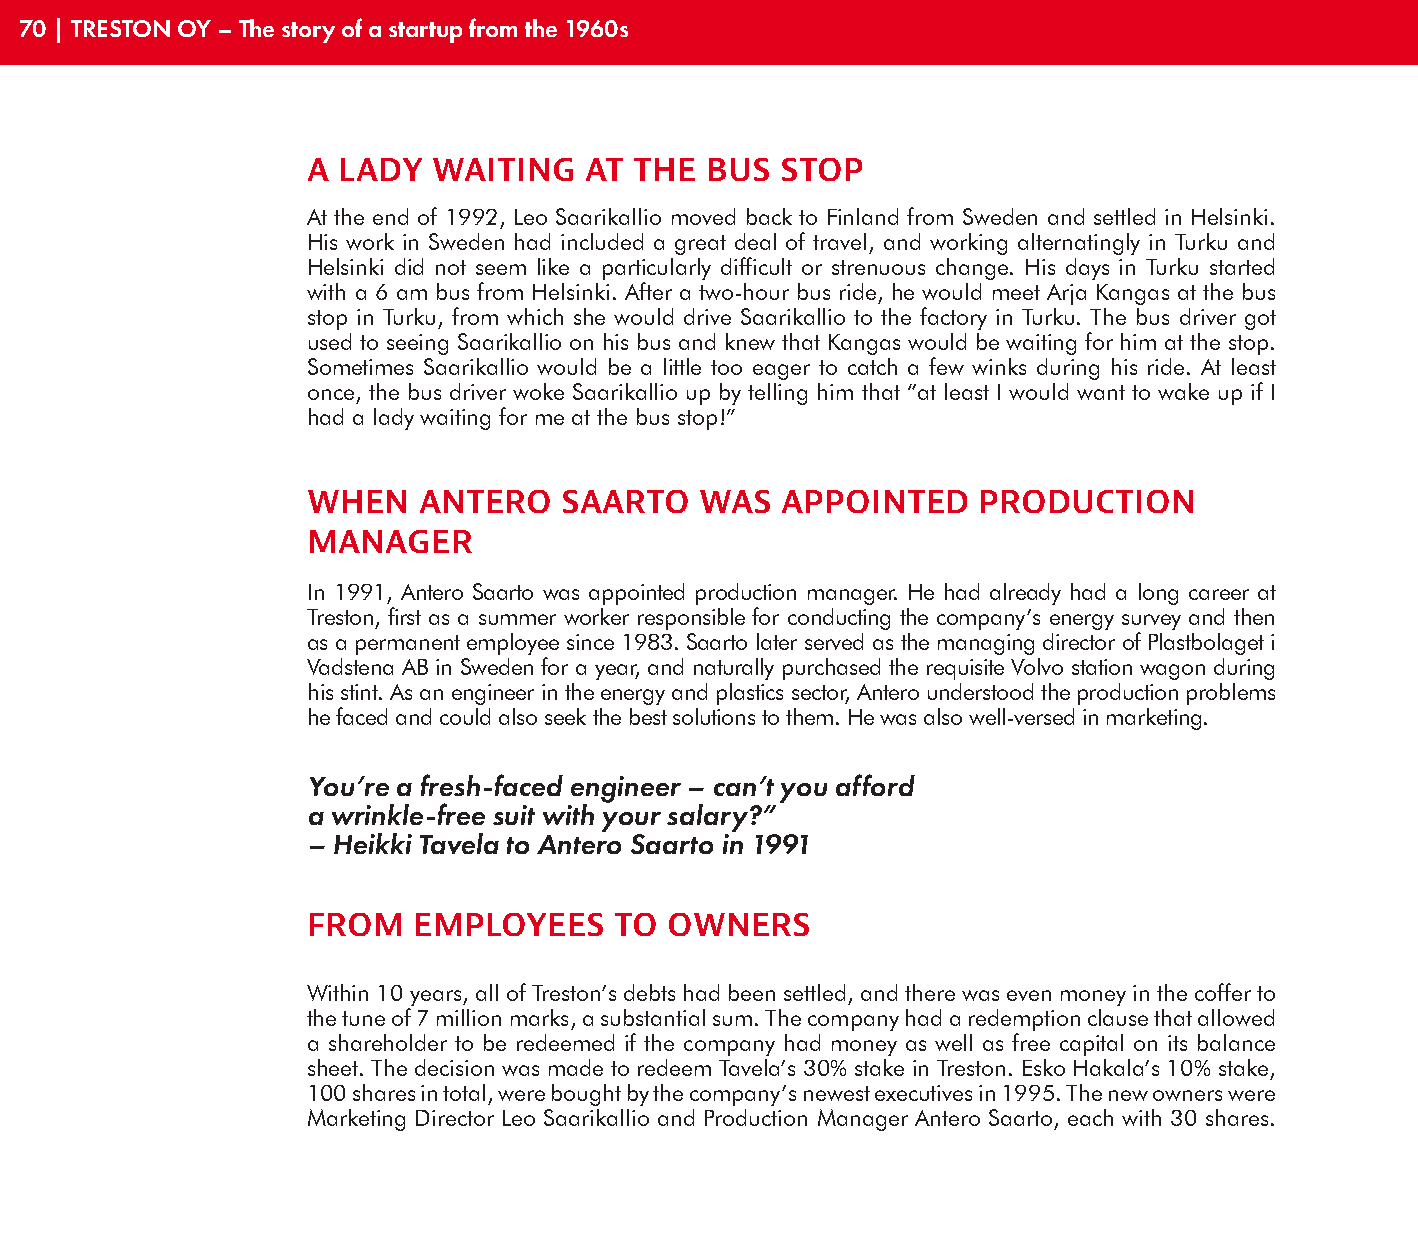
70 | TRESTON OY – The story of a startup from the 1960s
 A LADY   WAITING   AT THE  BUS  STOP
 At the end of 1992, Leo Saarikallio moved back to Finland from Sweden and settled in Helsinki.
 His work in Sweden had included a great deal of travel, and working alternatingly in Turku and
 Helsinki did not seem like a particularly difficult or strenuous change. His days in Turku started
 with a 6 am bus from Helsinki. After a two-hour bus ride, he would meet Arja Kangas at the bus
 stop in Turku, from which she would drive Saarikallio to the factory in Turku. The bus driver got
 used to seeing Saarikallio on his bus and knew that Kangas would be waiting for him at the stop.
 Sometimes Saarikallio would be a little too eager to catch a few winks during his ride. At least
 once, the bus driver woke Saarikallio up by telling him that “at least I would want to wake up if I
 had a lady waiting for me at the bus stop!”
 WHEN    ANTERO   SAARTO   WAS   APPOINTED    PRODUCTION
 MANAGER
 In 1991, Antero Saarto was appointed production manager. He had already had a long career at
 Treston, first as a summer worker responsible for conducting the company’s energy survey and then
 as a permanent employee since 1983. Saarto later served as the managing director of Plastbolaget i
 Vadstena AB in Sweden for a year, and naturally purchased the requisite Volvo station wagon during
 his stint. As an engineer in the energy and plastics sector, Antero understood the production problems
 he faced and could also seek the best solutions to them. He was also well-versed in marketing.
 You’re a fresh-faced engineer – can’t you afford
 a wrinkle-free suit with your salary?”
 – Heikki Tavela to Antero Saarto in 1991
 FROM   EMPLOYEES     TO OWNERS
 Within 10 years, all of Treston’s debts had been settled, and there was even money in the coffer to
 the tune of 7 million marks, a substantial sum. The company had a redemption clause that allowed
 a shareholder to be redeemed if the company had money as well as free capital on its balance
 sheet. The decision was made to redeem Tavela’s 30% stake in Treston. Esko Hakala’s 10% stake,
 100 shares in total, were bought by the company’s newest executives in 1995. The new owners were
 Marketing Director Leo Saarikallio and Production Manager Antero Saarto, each with 30 shares.